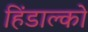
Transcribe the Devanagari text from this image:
हिंडाल्‍को